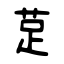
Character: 莡